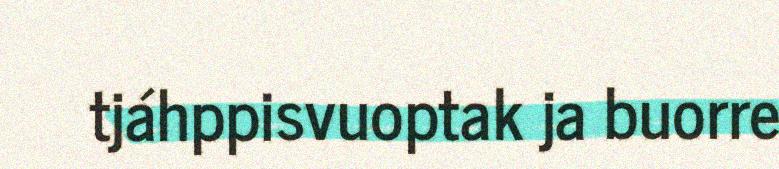
tjáhppisvuoptak ja buorre